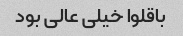
باقلوا خیلی عالی بود